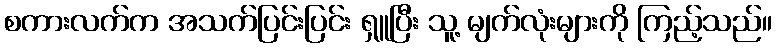
စကားလက်က အသက်ပြင်းပြင်း ရှူပြီး သူ့ မျက်လုံးများကို ကြည့်သည်။